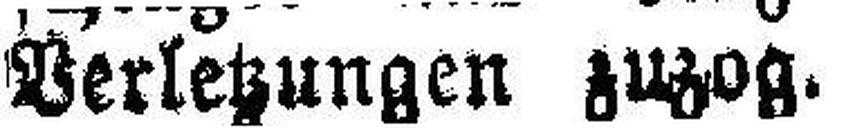
Verletzungen zuzog.